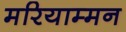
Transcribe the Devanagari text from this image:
मरियाम्मन